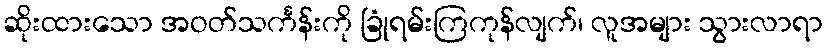
ဆိုးထားသော အဝတ်သင်္ကန်းကို ခြုံရမ်းကြကုန်လျက်၊ လူအများ သွားလာရာ